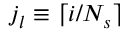
j _ { l } \equiv \lceil { i } / { N _ { s } } \rceil